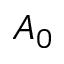
A _ { 0 }